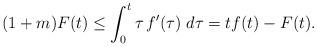
LaTeX: \begin{align*}(1+m)F(t)\leq\int_0^t\tau\,f'(\tau)\;d\tau=tf(t)-F(t).\end{align*}